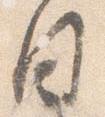
目